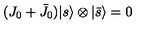
( J _ { 0 } + \bar { J } _ { 0 } ) { \vert { s } \rangle } \otimes { \vert { \bar { s } } \rangle } = 0